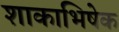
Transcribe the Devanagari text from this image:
शाकाभिषेक